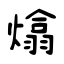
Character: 熻